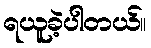
ရယူခဲ့ပါတယ်။